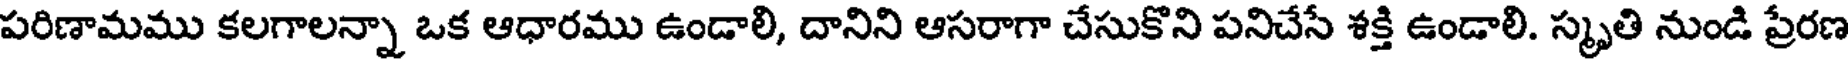
పరిణామము కలగాలన్నా ఒక ఆధారము ఉండాలి, దానిని ఆసరాగా చేసుకొని పనిచేసే శక్తి ఉండాలి. స్మృతి నుండి ప్రేరణ